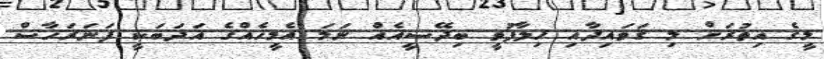
މީގެ އިތުރަށް މި ޤަވައިދާއި ޚިލާފުވީ ބިދޭސީއެއް ނަމަ އެމީހެއްގެ އަދަބަކީ ފަނަރަހާސް